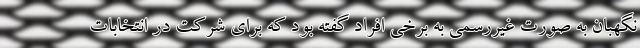
نگهبان به صورت غیررسمی به برخی افراد گفته بود که برای شرکت در انتخابات